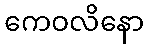
ကေဝလိနော